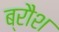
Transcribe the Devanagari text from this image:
ब्रौश